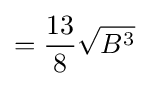
={\frac {13}{8}}{\sqrt {B^{3}}}